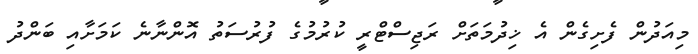
މިއަދުން ފެށިގެން އެ ޚިދުމަތަށް ރަޖިސްޓްރީ ކުރުމުގެ ފުރުސަތު އޮންނާނެ ކަމަށާއި ބަންދު